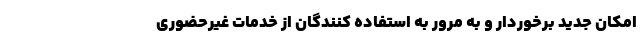
امکان جدید برخوردار و به مرور به استفاده کنندگان از خدمات غیرحضوری